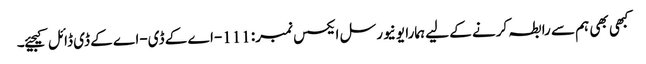
کبھی بھی ہم سے رابطہ کرنے کے لیے ہمارا یونیورسل ایکسس نمبر: 111-اے کے ڈی-اے کے ڈی ڈائل کیجیئے۔